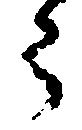
う